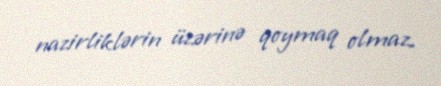
nazirliklərin üzərinə qoymaq olmaz.